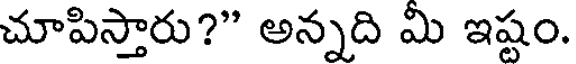
చూపిస్తారు?" అన్నది మి ఇష్టం.